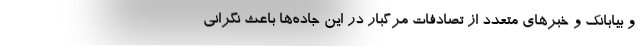
و بیابانک و خبرهای متعدد از تصادفات مرگبار در این جاده‌ها باعث نگرانی